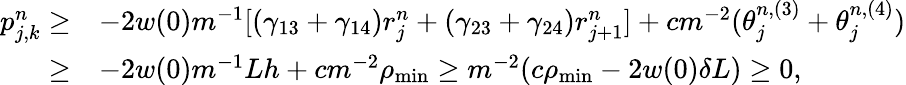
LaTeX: \begin{array}{rl}{p_{j,k}^{n}\geq}&{-2w(0)m^{-1}[(\gamma_{13}+\gamma_{14})r_{j}^{n}+(\gamma_{23}+\gamma_{24})r_{j+1}^{n}]+cm^{-2}(\theta_{j}^{n,(3)}+\theta_{j}^{n,(4)})}\\ {\geq}&{-2w(0)m^{-1}Lh+cm^{-2}\rho_{\mathrm{min}}\geq m^{-2}(c\rho_{\mathrm{min}}-2w(0)\delta L)\geq 0,}\end{array}